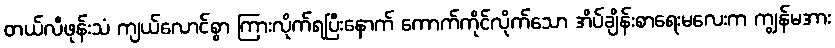
တယ်လီဖုန်းသံ ကျယ်လောင်စွာ ကြားလိုက်ရပြီးနောက် ကောက်ကိုင်လိုက်သော အိပ်ချိန်းစာရေးမလေးက ကျွန်မအား